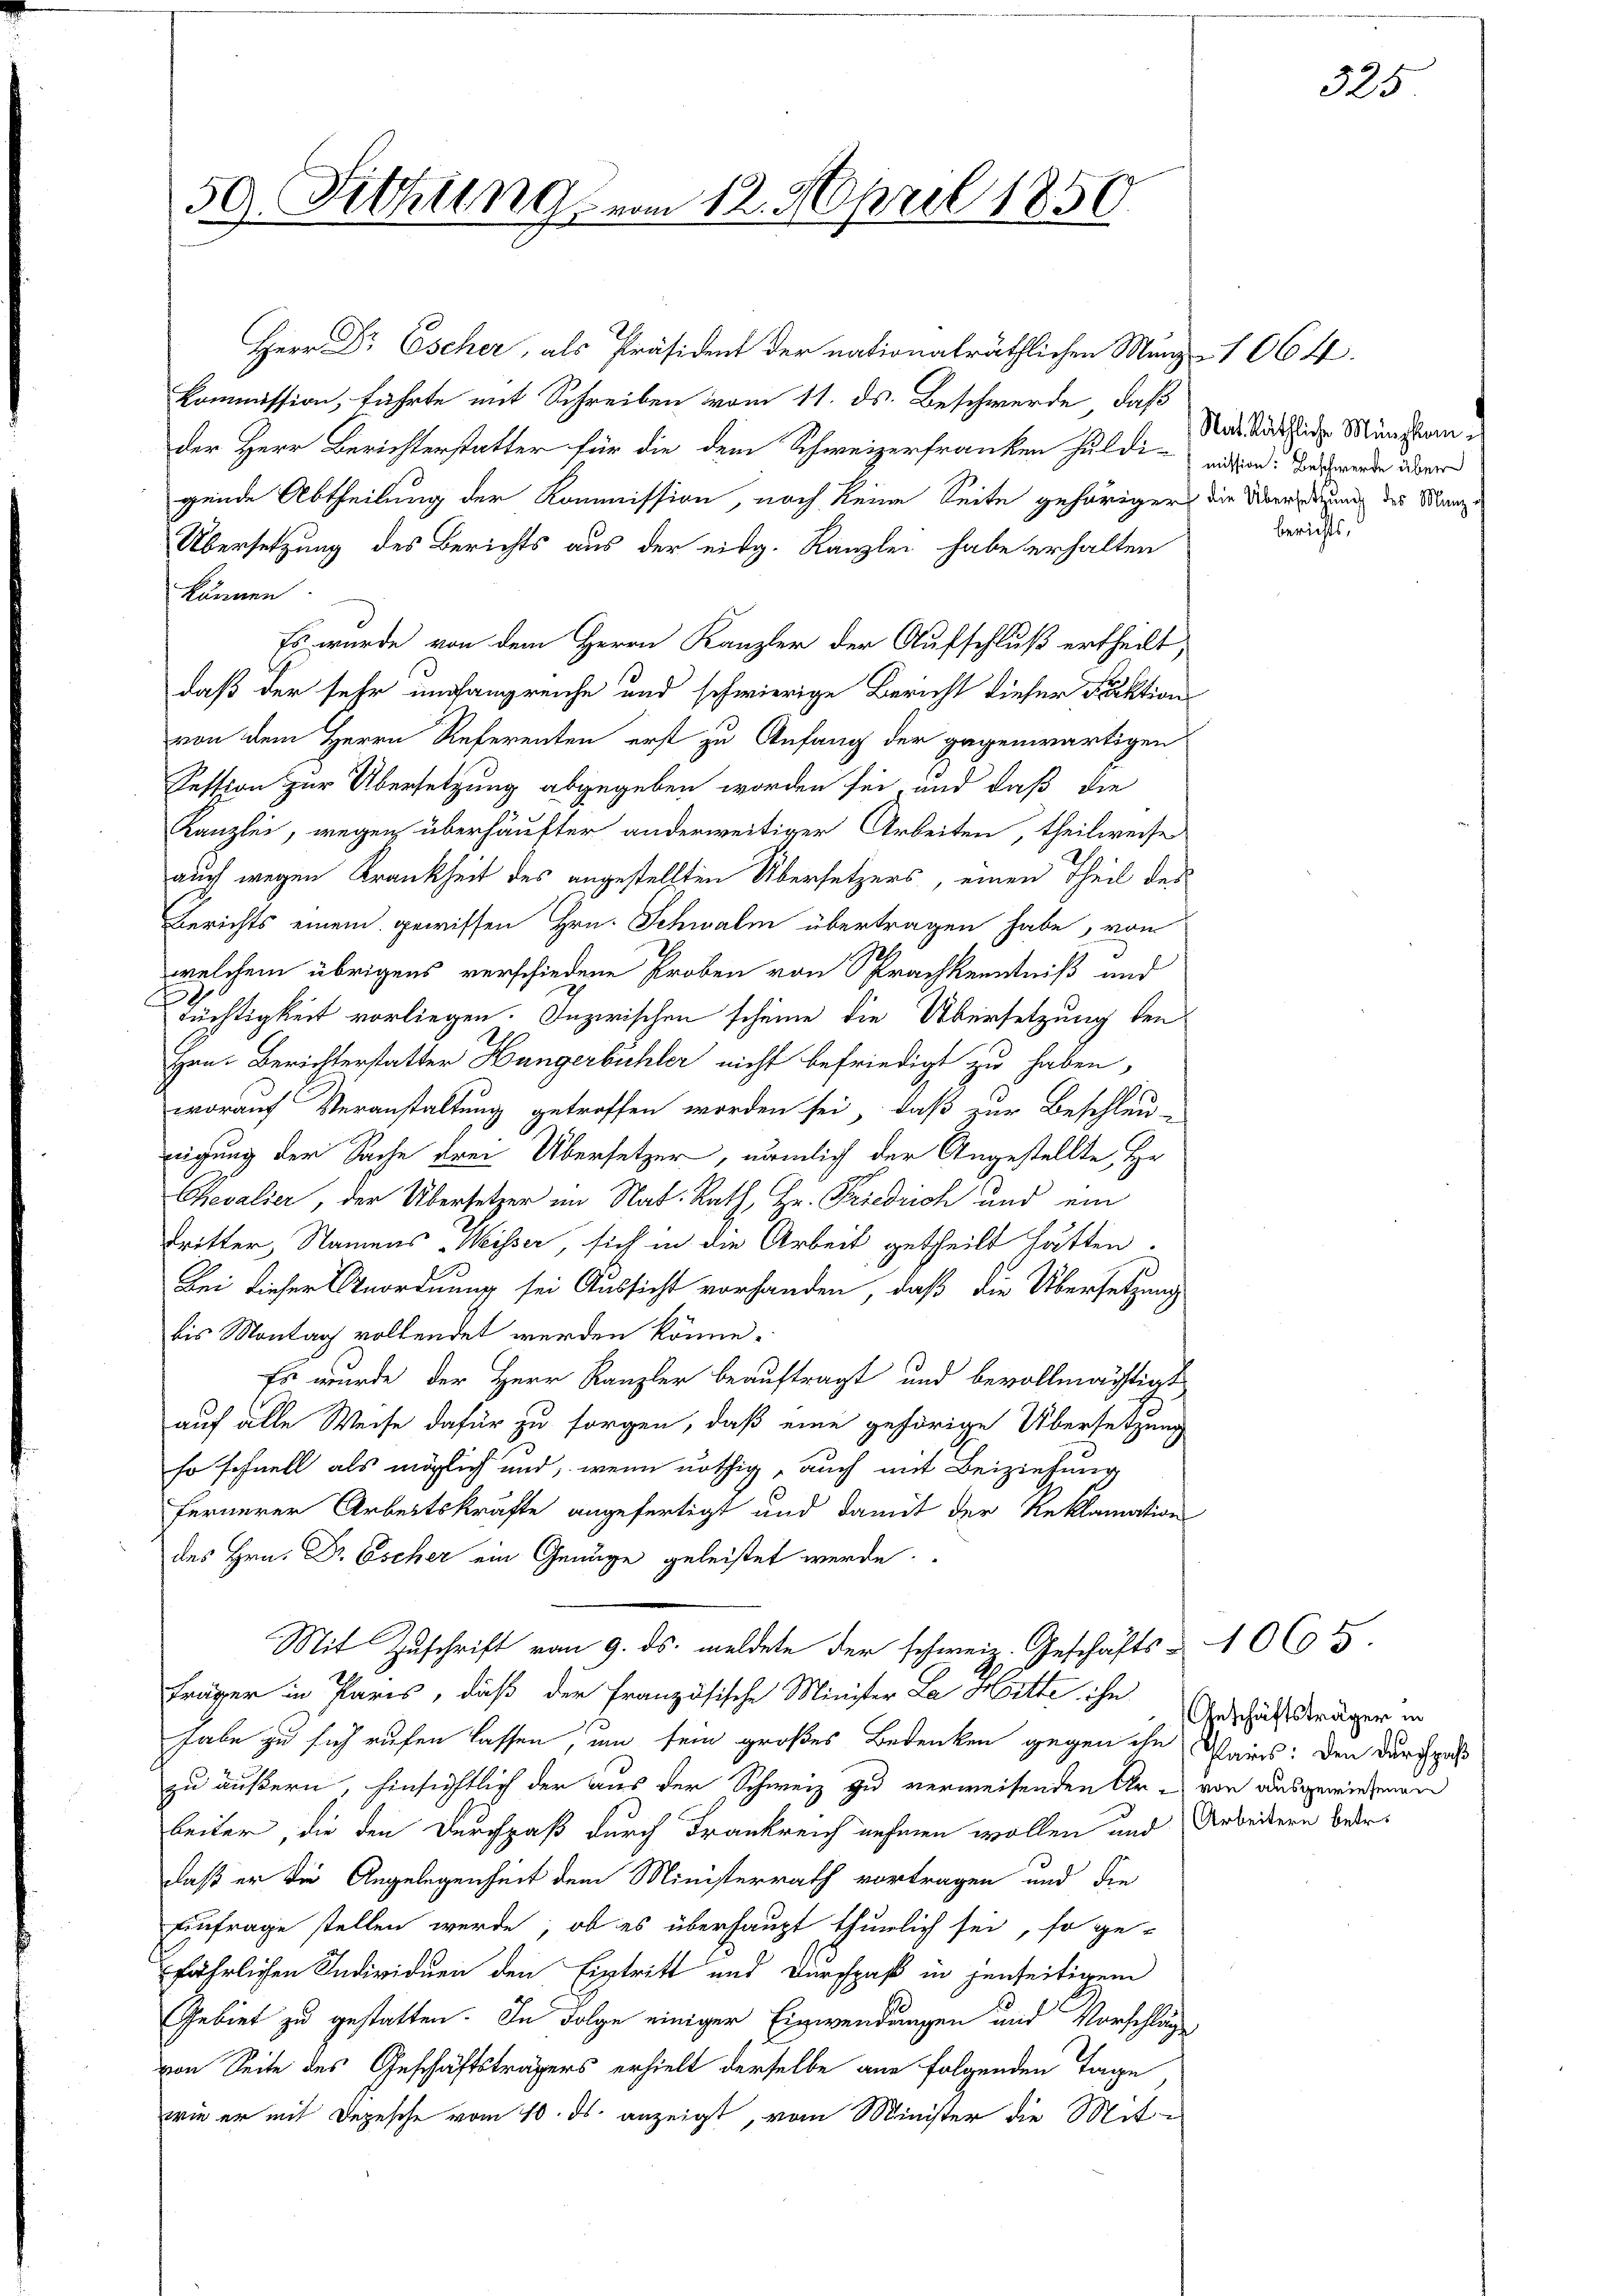
59. Fittlings vom 12. April 1850.

Herr Dr Escher, als Präsident der nationalräthlichen Münz- 106 ff.
Kommission, führte mit Schreiben vom 11. ds. Beschwerde, daß
der Herr Berichterstatter für die dem Schweizerfranken hulde nichten. Das werde der
gende Abtheilung der Kommission, noch keine Seite gehörigers die Übersitzung des Kanz¬
Übersetzung des Berichts aus der eidg. Kanzlei habe erhalten
können.
Es wurde von dem Herrn Kanzler der Aufschluß ertheilt,
daß der sehr empfangreiche und schwierige Bericht dieser Faktion
von dem Herrn Referenten erst zu Anfang der gegenwärtigen
Session zur Übersetzung abgegeben worden sei, und daß die
Kanzlei, wegen überhäufter anderweitiger Arbeiten, theilweise
auch wegen Krankheit des angestellten Übersetzers, einen Theil des
Berichts einem gewissen Hrn. Schwalm übertragen habe, von
welchem übrigens verschiedene Proben von Sprachkenntniß und
Tüchtigkeit vorliegen. Inzwischen scheine die Übersetzung den
Hrn. Berichterstatter Hangerbühler nicht befriedigt zu haben,
worauf Veranstaltung getroffen worden sei, daß zur Beschleu-
neigung der Sache drei Übersetzer, nämlich der Angestellte Hr.
Revalier, der Übersetzer im Nat. Rath, Hr. Friedrich und ein
Tritter, Namens Weisser, sich in die Arbeit getheilt hätten.
Bei dieser Anordnung sei Aussicht vorhanden, daß die Übersetzung
bis Montag vollendet werden könne.
Es wurde der Herr Kanzler beauftragt und bevollmächtigt
auf alle Weise dafür zu sorgen, daß eine gehörige Übersetzung
so schnell als möglich und, wenn nöthig, auch mit Beiziehung
fernerer Arbeitskräfte angefertigt und damit der Reklamation
des Hrn. Dr Escher ein Genüge geleistet werde.
Mit Zuschrift vom 9. ds. meldete der schweiz. Geschäfts- 1065.
Fräger in Paris, daß der französische Minister La Mitte ihn
habe zu sich rufen lassen, um sein großes Bedenken gegen ihn Paris: den Durchgas
zu äußern, hinsichtlich der aus der Schweiz zu verweisenden Ur- von ausgewiesenen
beiter, die den Durchpaß durch Frankreich nehmen wollen und Arbeitern betr.
daß er die Angelegenheit dem Ministerrath vortragen und die
Anfrage stellen werde, ob es überhaupt thürlich sei, so ge-
jährlichen Individuen den Eintritt und Durchpaß in jenseitigem
Gebiet zu gestatten. In Folge einiger Einwendungen und Vorschläg
von Seite des Geschäftsträgers erhielt derselbe ane folgenden Tage
wie er mit Depesche vom 10. ds. anzeigt, vom Minister die Mit-

Nat. Räthliche Münzkom
berichts.

325

Geschäftsträger in